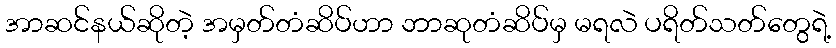
အာဆင်နယ်ဆိုတဲ့ အမှတ်တံဆိပ်ဟာ ဘာဆုတံဆိပ်မှ မရလဲ ပရိတ်သတ်တွေရဲ့